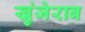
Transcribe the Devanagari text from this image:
खुंजेराब